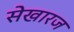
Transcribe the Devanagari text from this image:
सेखारज